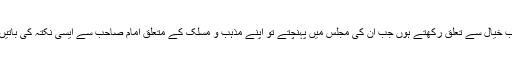
علماء و فقہاء خواہ وہ کسی بھی مکتبِ خیال سے تعلق رکھتے ہوں جب ان کی مجلس میں پہنچتے تو اپنے مذہب و مسلک کے متعلق امام صاحب سے ایسی نکتہ کی باتیں سنتے جو خود انہیں نہ معلوم ہوتیں۔